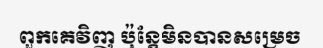
ពួកគេវិញ ប៉ុន្តែមិនបានសម្រេច